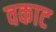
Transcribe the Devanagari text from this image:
वकाट